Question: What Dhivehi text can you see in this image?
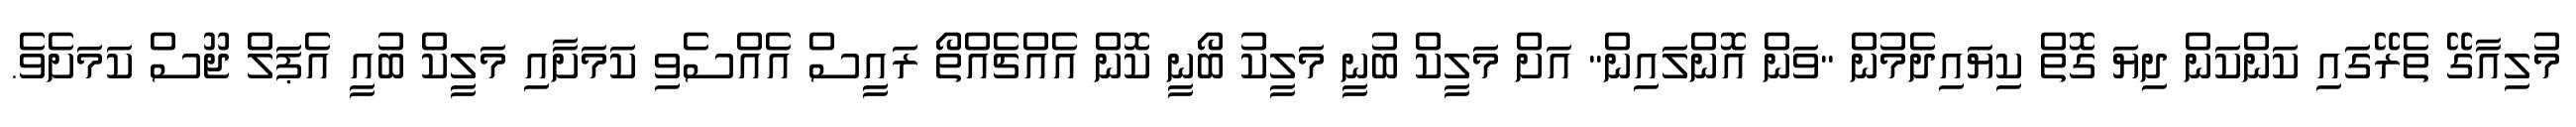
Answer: މުލިއާގޭ ތެރޭގައި ކަންކަން ދިޔަ ގޮތް ކިޔައިދެމުން "ވަން އޮންލައިން" އަށް މަލީކް ބުނީ މަލީކު ބޯނީ ކޮން އެއްޗެއްތޯ ރައީސް އެއްސެވި ކަމަށާއި މަލީކް ބުއީ އެޕަލް ޖޫސް ކަމަށެވެ.